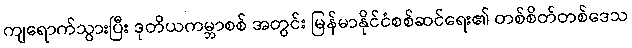
ကျရောက်သွားပြီး ဒုတိယကမ္ဘာစစ် အတွင်း မြန်မာနိုင်ငံစစ်ဆင်ရေး၏ တစ်စိတ်တစ်ဒေသ